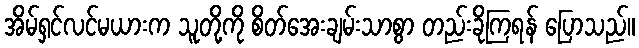
အိမ်ရှင်လင်မယားက သူတို့ကို စိတ်အေးချမ်းသာစွာ တည်းခိုကြရန် ပြောသည်။